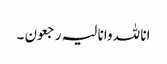
انا للہ وانا لیہ رجعون ۔